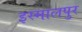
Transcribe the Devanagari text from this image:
इस्मालपुर